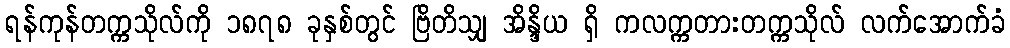
ရန်ကုန်တက္ကသိုလ်ကို ၁၈၇၈ ခုနှစ်တွင် ဗြိတိသျှ အိန္ဒိယ ရှိ ကလက္ကတားတက္ကသိုလ် လက်အောက်ခံ